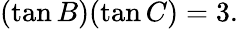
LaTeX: (\tan B)(\tan C)=3.